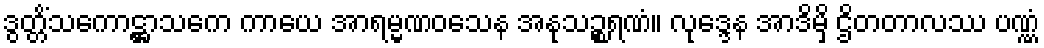
ဒွတ္တိံသကောဋ္ဌာသကေ ကာယေ အာရမ္မဏဝသေန အနုသဉ္စရဏံ။ လုဒ္ဒေန အာဒိမှိ ဌိတတာလဿ ပဏ္ဏံ